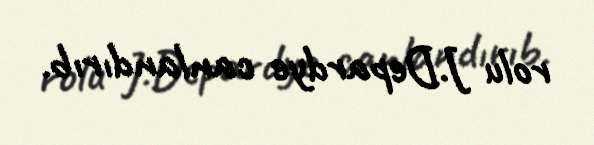
rolu J.Depardye canlandırıb.